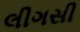
લીગસી